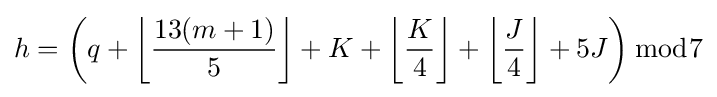
h=\left(q+\left\lfloor {\frac {13(m+1)}{5}}\right\rfloor +K+\left\lfloor {\frac {K}{4}}\right\rfloor +\left\lfloor {\frac {J}{4}}\right\rfloor +5J\right){\bmod {7}}